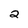
Character: 2